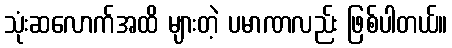
သုံးဆလောက်အထိ များတဲ့ ပမာဏလည်း ဖြစ်ပါတယ်။